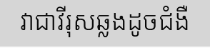
វាជាវីរុសឆ្លងដូចជំងឺ